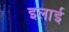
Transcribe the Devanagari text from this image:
इलाई